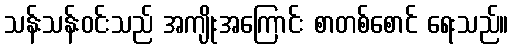
သန်းသန်းဝင်းသည် အကျိုးအကြောင်း စာတစ်စောင် ရေးသည်။